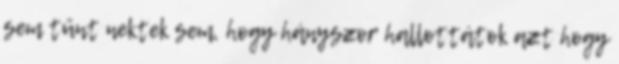
sem tűnt nektek sem, hogy hányszor hallottátok azt hogy